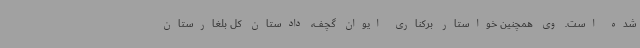
شده است. وی همچنین خواستار برکناری ایوان گچف، دادستان کل بلغارستان